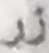
زر